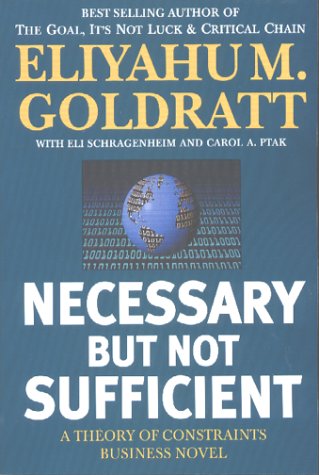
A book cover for Necessary But Not Sufficient; Eliyahu M. Goldratt; Computers & Technology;